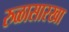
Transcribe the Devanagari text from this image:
रुळासारखा